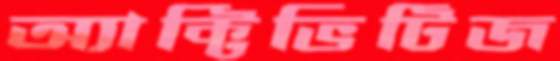
অ্যাক্টিভিটিজ